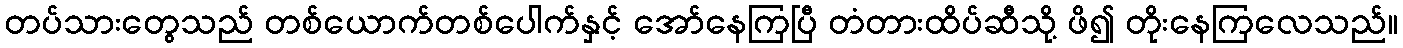
တပ်သားတွေသည် တစ်ယောက်တစ်ပေါက်နှင့် အော်နေကြပြီ တံတားထိပ်ဆီသို့ ဖိ၍ တိုးနေကြလေသည်။